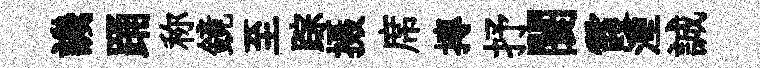
譏踊称鏡至踪摄席摶抒闤霞湮誠